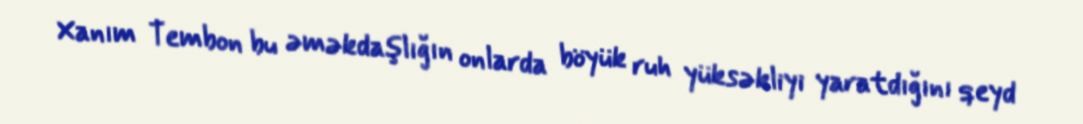
Xanım Tembon bu əməkdaşlığın onlarda böyük ruh yüksəkliyi yaratdığını qeyd